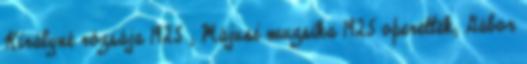
Királyné rózsája 1925 ; Májusi muzsika 1925 operettek; Gábor